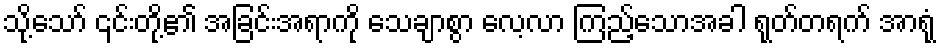
သို့သော် ၎င်းတို့၏ အခြင်းအရာကို သေချာစွာ လေ့လာ ကြည့်သောအခါ ရုတ်တရက် အာရုံ